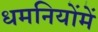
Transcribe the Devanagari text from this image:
धमनियोंमें